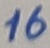
Text: 16